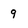
Character: 9